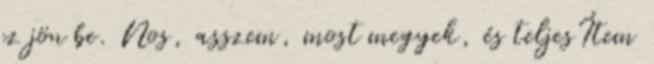
ez jön be. Nos, asszem, most megyek, és teljesÍtem